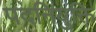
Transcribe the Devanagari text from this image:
पदनियुक्ति